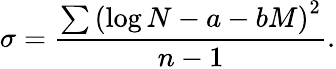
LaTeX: \sigma=\frac{\sum\left(\log N-a-bM\right)^{2}}{n-1}.